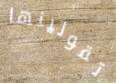
تقولينها